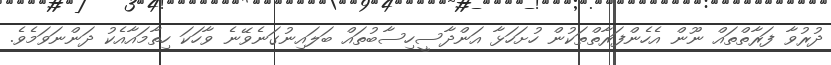
ދުރުވާ ފަރާތްތައް ނޫން އެހެންފަރާތްތަކުން ހުށަހަޅާ އަންދާސީހިސާބުތައް ބަލައިނުގަނެވޭނެ ވާހަކަ ހިތާމައާއެކު ދަންނަވަމެވެ.